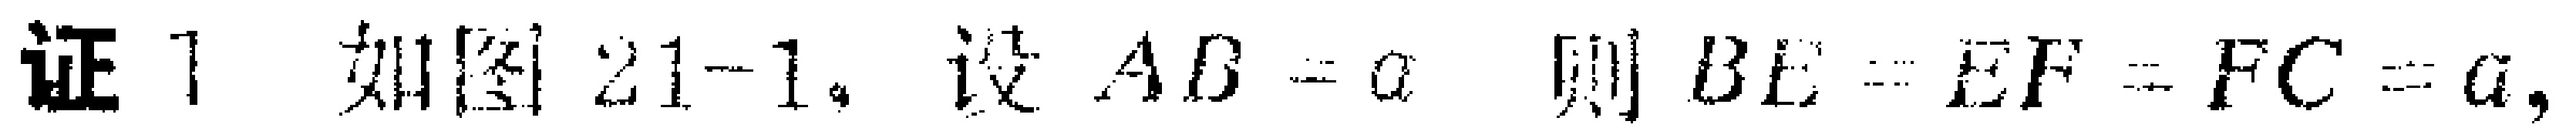
证 1 如图 21-1。设 \(AB = a\)，则 \(BE = EF = FC = a\)，